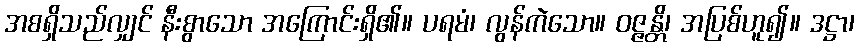
အစရှိသည်လျှင် နီးစွာသော အကြောင်းရှိ၏။ ပရမံ၊ လွန်ကဲသော။ ဝဇ္ဇန္တိ၊ အပြစ်ဟူ၍။ ဒဋ္ဌာ၊